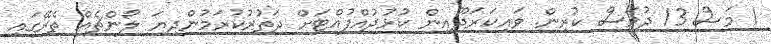
1 މަސް 13 ދުވަސް ކުރިން. ވައިކަރަދޫއިން ކުޅުދުއްފުއްޓަށް ދަތުރުކުރަމުންދިޔަ ލޯންޗެއް ތެރޭގައި